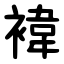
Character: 褘